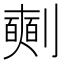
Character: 𠠘